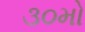
૩૦મો